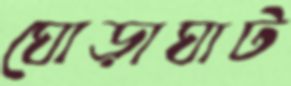
ঘোড়াঘাট